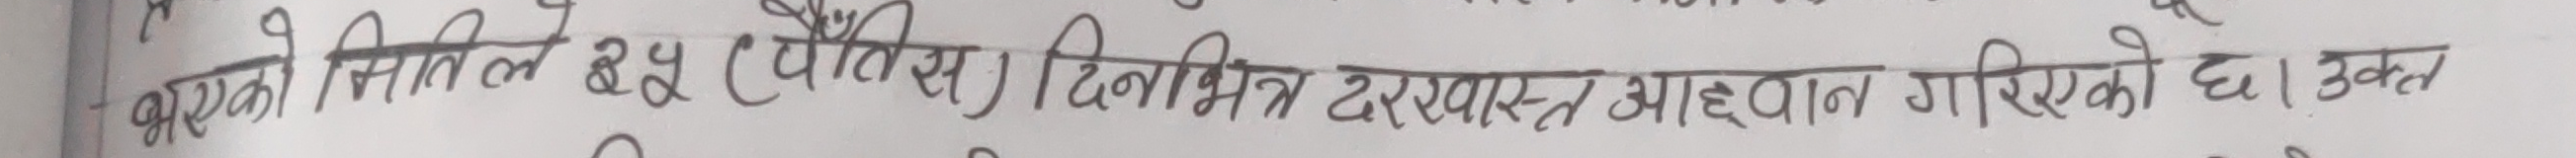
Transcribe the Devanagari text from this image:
भएकोले मितिले ३५ (पैंतिस) दिनभित्र दरखास्त आह्वान गरिएको छ। उक्त